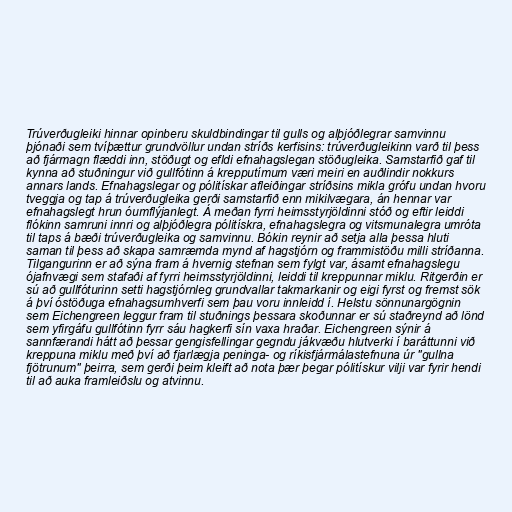
Trúverðugleiki hinnar opinberu skuldbindingar til gulls og alþjóðlegrar samvinnu
þjónaði sem tvíþættur grundvöllur undan stríðs kerfisins: trúverðugleikinn varð til þess
að fjármagn flæddi inn, stöðugt og efldi efnahagslegan stöðugleika. Samstarfið gaf til
kynna að stuðningur við gullfótinn á krepputímum væri meiri en auðlindir nokkurs
annars lands. Efnahagslegar og pólitískar afleiðingar stríðsins mikla grófu undan hvoru
tveggja og tap á trúverðugleika gerði samstarfið enn mikilvægara, án hennar var
efnahagslegt hrun óumflýjanlegt. Á meðan fyrri heimsstyrjöldinni stóð og eftir leiddi
flókinn samruni innri og alþjóðlegra pólitískra, efnahagslegra og vitsmunalegra umróta
til taps á bæði trúverðugleika og samvinnu. Bókin reynir að setja alla þessa hluti
saman til þess að skapa samræmda mynd af hagstjórn og frammistöðu milli stríðanna.
Tilgangurinn er að sýna fram á hvernig stefnan sem fylgt var, ásamt efnahagslegu
ójafnvægi sem stafaði af fyrri heimsstyrjöldinni, leiddi til kreppunnar miklu. Ritgerðin er
sú að gullfóturinn setti hagstjórnleg grundvallar takmarkanir og eigi fyrst og fremst sök
á því óstöðuga efnahagsumhverfi sem þau voru innleidd í. Helstu sönnunargögnin
sem Eichengreen leggur fram til stuðnings þessara skoðunnar er sú staðreynd að lönd
sem yfirgáfu gullfótinn fyrr sáu hagkerfi sín vaxa hraðar. Eichengreen sýnir á
sannfærandi hátt að þessar gengisfellingar gegndu jákvæðu hlutverki í baráttunni við
kreppuna miklu með því að fjarlægja peninga- og ríkisfjármálastefnuna úr "gullna
fjötrunum" þeirra, sem gerði þeim kleift að nota þær þegar pólitískur vilji var fyrir hendi
til að auka framleiðslu og atvinnu.